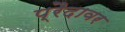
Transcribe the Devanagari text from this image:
प्रैदावर